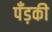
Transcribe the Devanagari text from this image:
पँड़की